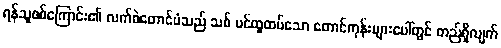
ရန်သူစစ်ကြောင်း၏ လက်ဝဲတောင်ပံသည် သစ် ပင်ထူထပ်သော တောင်ကုန်းများပေါ်တွင် တည်ရှိလျက်